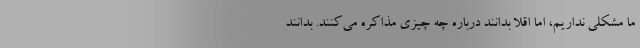
ما مشکلی نداریم، اما اقلا بدانند درباره چه چیزی مذاکره می‌کنند. بدانند